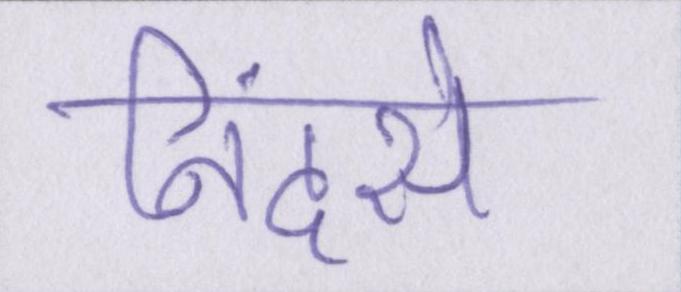
निंदसे